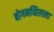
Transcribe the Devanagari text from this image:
बोगनव्हिलला